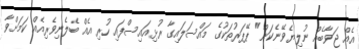
އެއް ޖަވާބެއް ނުލިޔެވޭނެކަން" ޕޭޕަރުތަކުގެ މައްސަލައިގާ ރުޅިއައިސްފައި ހުރި އެއް ބެލެނިވެރިއެއް ކަމަށްވާ